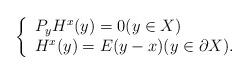
LaTeX: \begin{align*}\left\{ \begin{array}{l} P_yH^x(y)=0(y\in X)\\ H^x(y)=E(y-x)(y\in\partial X). \end{array}\right.\end{align*}